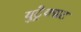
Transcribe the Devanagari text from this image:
युट्रेक्सट